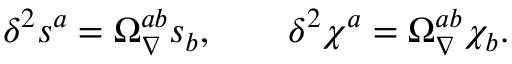
\delta ^ { 2 } s ^ { a } = \Omega _ { \nabla } ^ { a b } s _ { b } , \qquad \delta ^ { 2 } \chi ^ { a } = \Omega _ { \nabla } ^ { a b } \chi _ { b } .